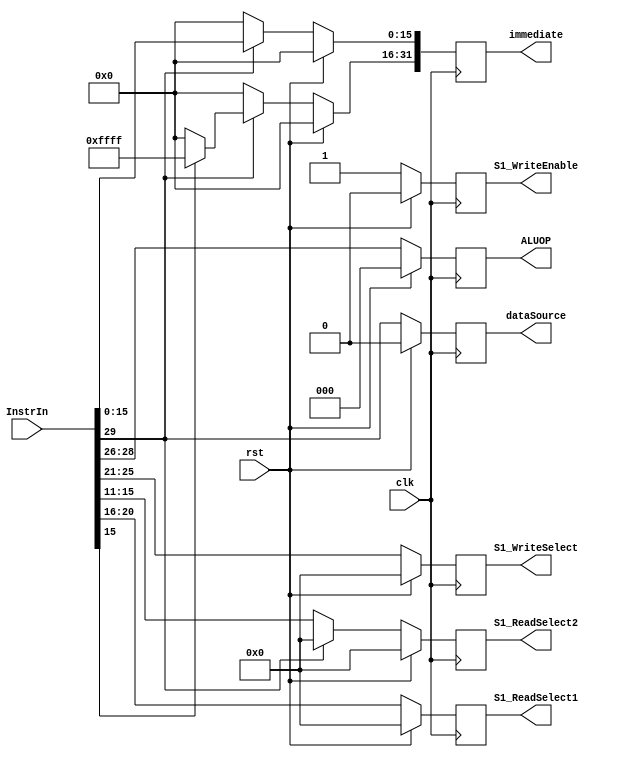
module S1_Register(
	input clk,
	input rst,
	input [31:0] InstrIn,
	output reg [4:0] S1_ReadSelect1,
	output reg [4:0] S1_ReadSelect2,
	output reg [4:0] S1_WriteSelect,
	output reg S1_WriteEnable,
	output reg [31:0] immediate,
	output reg dataSource,
	output reg [2:0] ALUOP
   );

	always@(posedge clk)
		begin
		if (rst)
			begin
			S1_ReadSelect1 <= 5'd0;
			S1_ReadSelect2 <= 5'd0;
			S1_WriteSelect <= 5'd0;
			S1_WriteEnable <= 1'b0;
			immediate <= 32'b0;
			dataSource <= 1'b0;
			ALUOP <= 3'b0;
            dataSource <= 1'b0;
			end
		else
			begin
                if (InstrIn[29] == 1'b0) begin
                    S1_ReadSelect1 <= InstrIn[20:16];
                    S1_ReadSelect2 <= InstrIn[15:11];
                    S1_WriteSelect <= InstrIn[25:21];
                    S1_WriteEnable <= 1'b1;
                    ALUOP <= InstrIn[28:26];
                    immediate <= 32'b0;
                    dataSource <= InstrIn[29];
                end
                else begin
                    S1_ReadSelect1 <= InstrIn[20:16];
                    S1_ReadSelect2 <= 5'b0;
                    S1_WriteSelect <= InstrIn[25:21];
                    S1_WriteEnable <= 1'b1;
                    ALUOP <= InstrIn[28:26];
                    immediate[15:0] <= InstrIn[15:0];
                    immediate[31:16] <= (InstrIn[15] == 1) ? 16'hffff : 16'h0000;
                    dataSource <= InstrIn[29];
                end
			end
		end

endmodule